Vaccination United Provinces of Agra and Oudh 1914-1922 - 1914-1922
Year: 1914
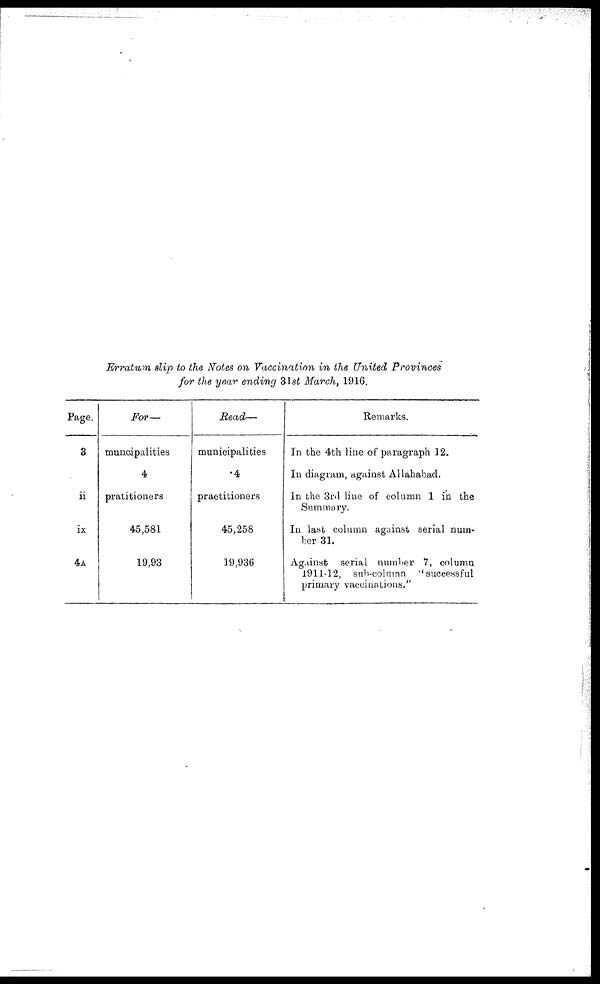
Erratum slip to the Notes on Vaccination in the United Provinces
for the year ending 31st March, 1916.
Page.
3
ii
ix
4A
For—
muncipalities
4
pratitioners
45,581
19,93
Read—
municipalities
.4
practitioners
45,258
19,936
Remarks.
In the 4th line of paragraph 12.
In diagram, against Allahabad.
In the 3rd line of column 1 in the
Summary.
In last column against serial num-
ber 31.
Against serial number 7, column
1911-12, sub-column
"successful
primary vaccinations.''